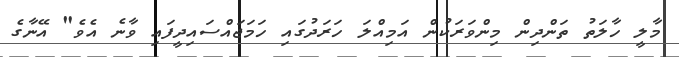
މާލީ ހާލަތު ތަންދިން މިންވަރަކުން އަމިއްލަ ހަރަދުގައި ހަމަޖައްސައިދީފައި ވާނެ އެވެ" އޭނާގެ